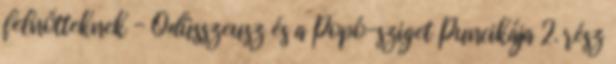
felnőtteknek - Odüsszeusz és a Popó-sziget Puncikája 2. rész